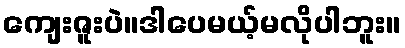
ကျေးဇူးပဲ။ဒါပေမယ့်မလိုပါဘူး။